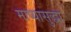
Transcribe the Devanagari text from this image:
माष्यासुद्धा